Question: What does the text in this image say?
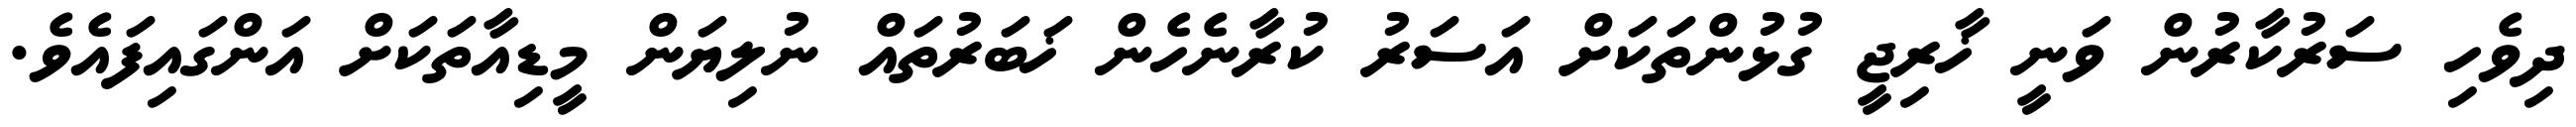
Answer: ދިވެހި ސަރުކާރުން ވަނީ ޚާރިޖީ ގުޅުންތަކަށް އަސަރު ކުރާނެހެން ޚަބަރުތައް ނުލިޔަން މީޑިއާތަކަށް އަންގައިފައެވެ.